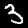
Digit: 3